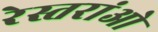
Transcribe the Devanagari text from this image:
रेस्तरांओ